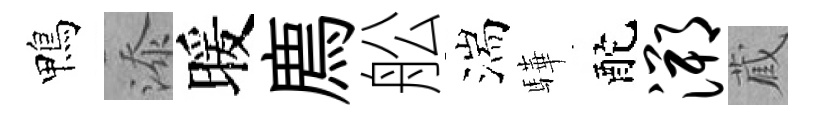
鴨添暖廌舩湍驊酡溯蔵